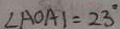
\angle A O A \vert = 2 3 ^ { \circ }